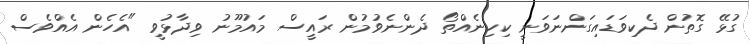
ގުޅޭ ގޮތުން ދެކިވަޑައިގަންނަވަނީ ކިހިނެއްތޯ ދެންނެވުމުން ރައީސް މައުމޫނު ވިދާޅުވީ "އެހެން އެއްވެސް